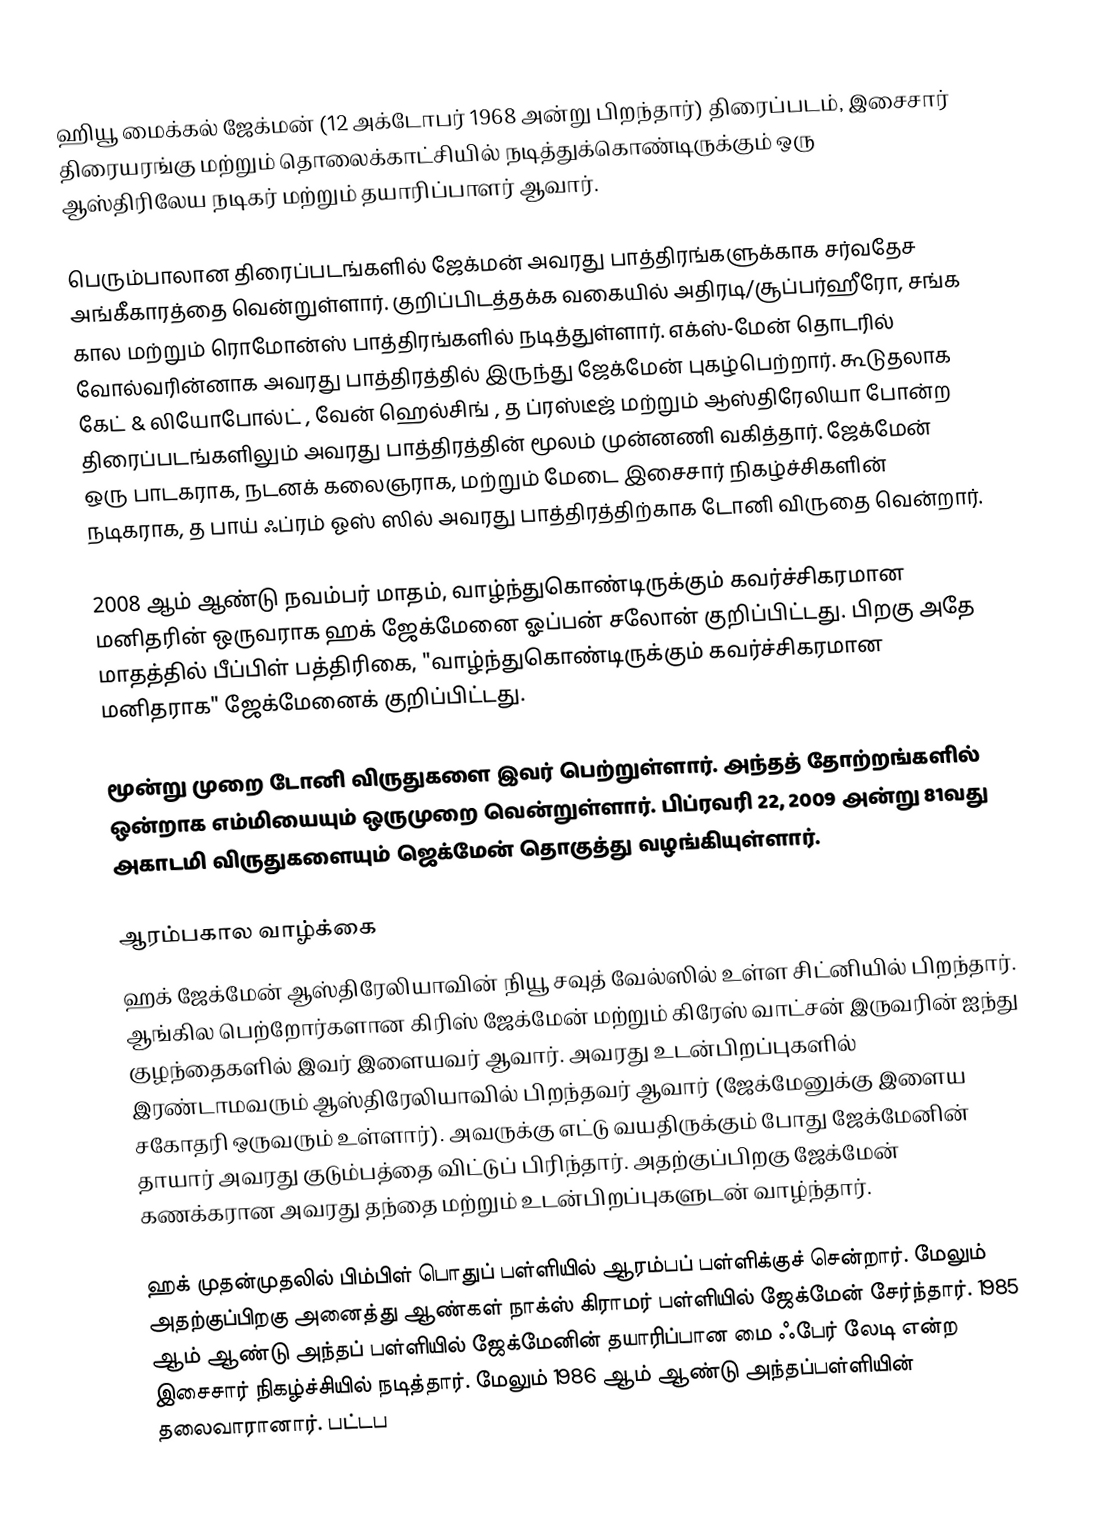
ஹியூ மைக்கல் ஜேக்மன் (12 அக்டோபர் 1968 அன்று பிறந்தார்) திரைப்படம், இசைசார் திரையரங்கு மற்றும் தொலைக்காட்சியில் நடித்துக்கொண்டிருக்கும் ஒரு ஆஸ்திரிலேய நடிகர் மற்றும் தயாரிப்பாளர் ஆவார்.

பெரும்பாலான திரைப்படங்களில் ஜேக்மன் அவரது பாத்திரங்களுக்காக சர்வதேச அங்கீகாரத்தை வென்றுள்ளார். குறிப்பிடத்தக்க வகையில் அதிரடி/சூப்பர்ஹீரோ, சங்க கால மற்றும் ரொமோன்ஸ் பாத்திரங்களில் நடித்துள்ளார். எக்ஸ்-மேன் தொடரில் வோல்வரின்னாக அவரது பாத்திரத்தில் இருந்து ஜேக்மேன் புகழ்பெற்றார். கூடுதலாக கேட் & லியோபோல்ட் , வேன் ஹெல்சிங் , த ப்ரஸ்டீஜ் மற்றும் ஆஸ்திரேலியா போன்ற திரைப்படங்களிலும் அவரது பாத்திரத்தின் மூலம் முன்னணி வகித்தார். ஜேக்மேன் ஒரு பாடகராக, நடனக் கலைஞராக, மற்றும் மேடை இசைசார் நிகழ்ச்சிகளின் நடிகராக, த பாய் ஃப்ரம் ஓஸ் ஸில் அவரது பாத்திரத்திற்காக டோனி விருதை வென்றார்.

2008 ஆம் ஆண்டு நவம்பர் மாதம், வாழ்ந்துகொண்டிருக்கும் கவர்ச்சிகரமான மனிதரின் ஒருவராக ஹக் ஜேக்மேனை ஓப்பன் சலோன் குறிப்பிட்டது. பிறகு அதே மாதத்தில் பீப்பிள் பத்திரிகை, "வாழ்ந்துகொண்டிருக்கும் கவர்ச்சிகரமான மனிதராக" ஜேக்மேனைக் குறிப்பிட்டது.

மூன்று முறை டோனி விருதுகளை இவர் பெற்றுள்ளார். அந்தத் தோற்றங்களில் ஒன்றாக எம்மியையும் ஒருமுறை வென்றுள்ளார். பிப்ரவரி 22, 2009 அன்று 81வது அகாடமி விருதுகளையும் ஜெக்மேன் தொகுத்து வழங்கியுள்ளார்.

ஆரம்பகால வாழ்க்கை
ஹக் ஜேக்மேன் ஆஸ்திரேலியாவின் நியூ சவுத் வேல்ஸில் உள்ள சிட்னியில் பிறந்தார். ஆங்கில பெற்றோர்களான கிரிஸ் ஜேக்மேன் மற்றும் கிரேஸ் வாட்சன் இருவரின் ஐந்து குழந்தைகளில் இவர் இளையவர் ஆவார். அவரது உடன்பிறப்புகளில் இரண்டாமவரும் ஆஸ்திரேலியாவில் பிறந்தவர் ஆவார் (ஜேக்மேனுக்கு இளைய சகோதரி ஒருவரும் உள்ளார்). அவருக்கு எட்டு வயதிருக்கும் போது ஜேக்மேனின் தாயார் அவரது குடும்பத்தை விட்டுப் பிரிந்தார். அதற்குப்பிறகு ஜேக்மேன் கணக்கரான அவரது தந்தை மற்றும் உடன்பிறப்புகளுடன் வாழ்ந்தார்.

ஹக் முதன்முதலில் பிம்பிள் பொதுப் பள்ளியில் ஆரம்பப் பள்ளிக்குச் சென்றார். மேலும் அதற்குப்பிறகு அனைத்து ஆண்கள் நாக்ஸ் கிராமர் பள்ளியில் ஜேக்மேன் சேர்ந்தார். 1985 ஆம் ஆண்டு அந்தப் பள்ளியில் ஜேக்மேனின் தயாரிப்பான மை ஃபேர் லேடி என்ற இசைசார் நிகழ்ச்சியில் நடித்தார். மேலும் 1986 ஆம் ஆண்டு அந்தப்பள்ளியின் தலைவாரானார். பட்டப